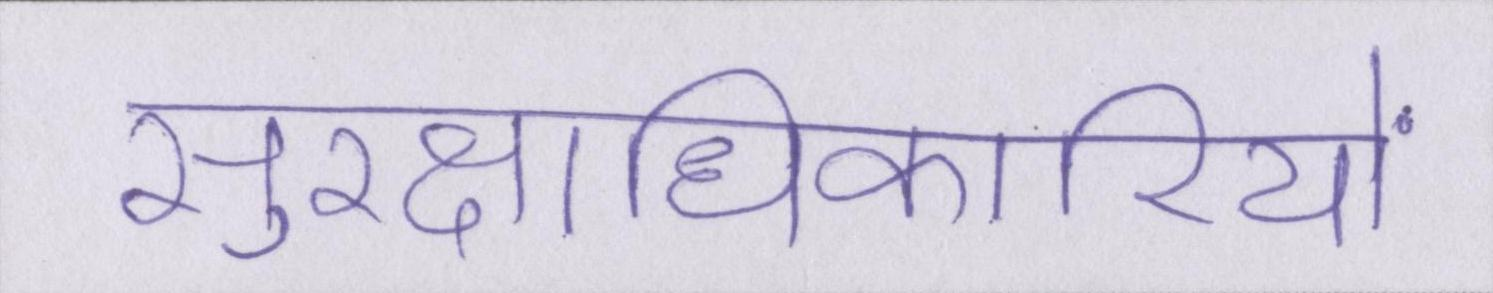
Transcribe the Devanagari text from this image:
सुरक्षाधिकारियों